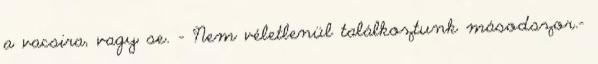
a vacsira, vagy se. - Nem véletlenül találkoztunk másodszor.-